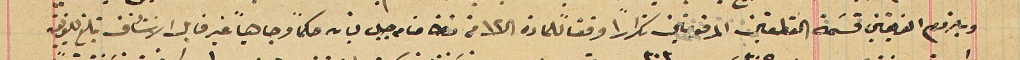
وبلزوم الفريقين قسَمة القطعتين المرقومتين تكراراً وفق للمادة ال١٢من نظامنامه جبل لبنان حكماً وجاهياً غير قابل الاستئناف تبلغ للفريقين